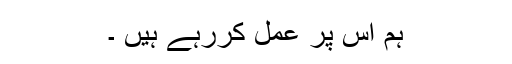
ہم اس پر عمل کررہے ہیں ۔